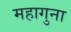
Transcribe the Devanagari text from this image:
महागुना